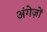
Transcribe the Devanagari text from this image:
अंगेज़ों